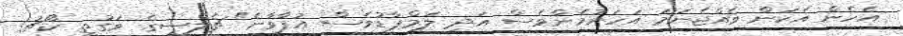
އެހެން އެކަން ވެއްޖެނަމަ އަހަރުމެންވެސް އަދި ލަމްޕާޑުވެސް އުފާވާނެ" ޗެލްސީގެ ވަގުތީ ކޯޗު